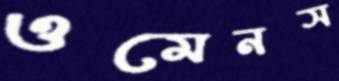
ওমেনস